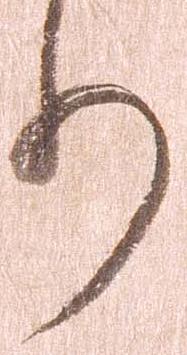
り